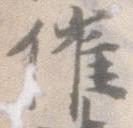
催